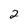
Character: 2